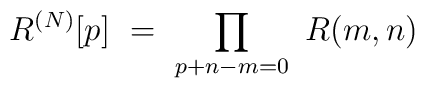
R^{(N)} [p]\ =\ \prod_{p+n-m = 0}\ R(m, n)